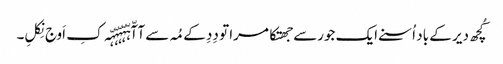
کُچھ دیر کے باد اُسنے ایک جورسے جھتکا مرا تو دِدِ کے مُہ سے آآّہّہّہّہّہّہ کِ اَوج نِکلِ۔